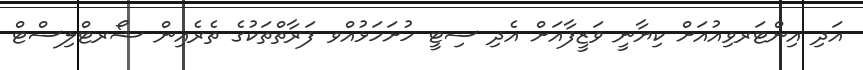
އަދި އިންޓަރވިއުއަށް ކިޔާނީ ވަޒީފާއަށް އެދި ސިޓީ ހުށަހަޅުއްވ ފަރާތްތަކުގެ ތެރެއިން ޝޯރޓްލިސްޓް